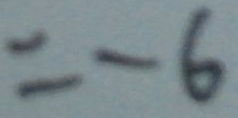
= - 6